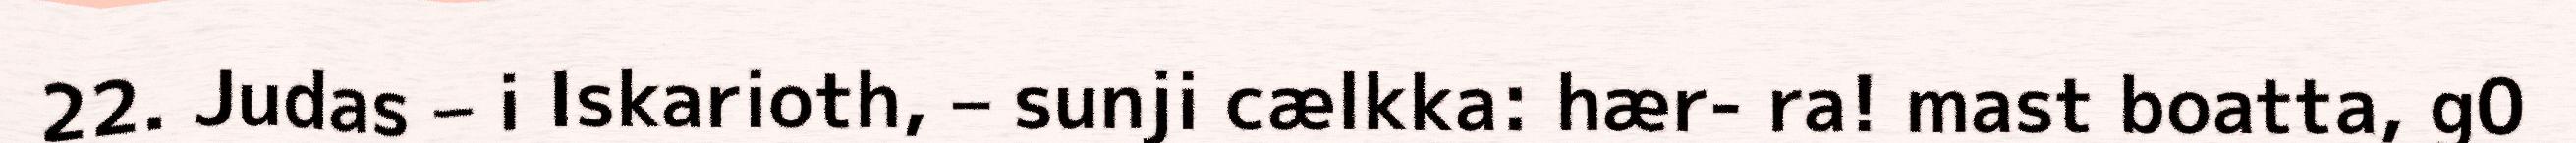
22. Judas – i Iskarioth, – sunji cælkka: hær- ra! mast boatta, g0